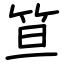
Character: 笪